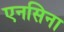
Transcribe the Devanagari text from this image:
एनसिना